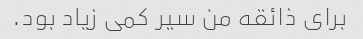
برای ذائقه من سیر کمی زیاد بود.